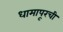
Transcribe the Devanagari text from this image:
धामापूरची